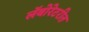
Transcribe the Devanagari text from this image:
लॅबोरेटरीत